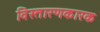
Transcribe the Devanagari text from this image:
विस्तारणकारक